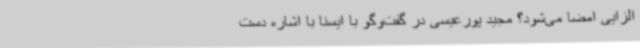
الزایی امضا می‌شود؟ مجید پورعیسی در گفت‌وگو با ایسنا با اشاره دست